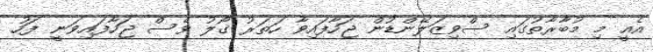
އެއީ މި މުބާރާތުގައި ސްވިޒަލޭންޑުން ޖަހާފައިވާ ހަތަރު ގޯލު ވެސް ޖަހާފައިވަނީ ފަހު